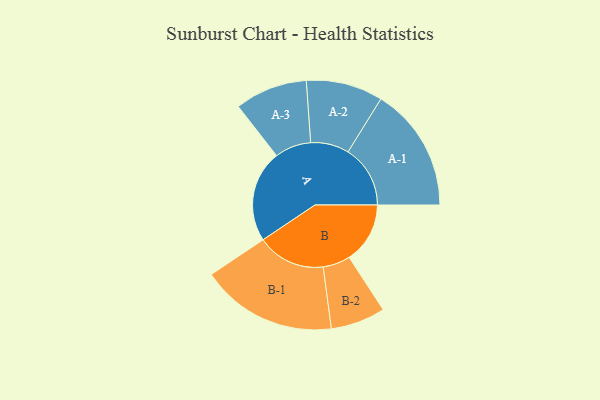
{"axis": {"x": "Segment", "y": "Value"}, "legend": ["", "A", "B"], "data": [{"x": "A", "y": 400, "type": ""}, {"x": "B", "y": 265, "type": ""}, {"x": "A-1", "y": 271, "type": "A"}, {"x": "A-2", "y": 167, "type": "A"}, {"x": "A-3", "y": 158, "type": "A"}, {"x": "B-1", "y": 297, "type": "B"}, {"x": "B-2", "y": 119, "type": "B"}]}